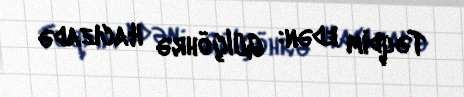
Təqdim edən: Gülçöhrə Hacızadə